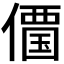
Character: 𠏹